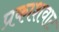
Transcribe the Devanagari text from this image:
प्रकाशवाट